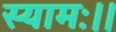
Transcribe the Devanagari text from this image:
स्यामः।।